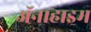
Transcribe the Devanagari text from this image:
ॲनाहाइम